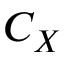
C _ { X }